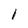
Character: I